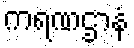
ကရဏဌာနံ